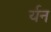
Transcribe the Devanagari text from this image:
र्यन